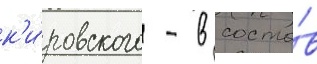
к'и́ровского - в соста́в